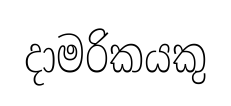
දාමරිකයකු